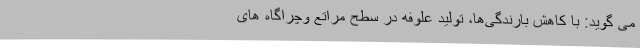
می گوید: با کاهش بارندگی‌ها، تولید علوفه در سطح مراتع وچراگاه های